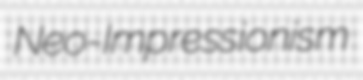
Neo-Impressionism